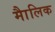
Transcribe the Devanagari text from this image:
माैलिक